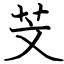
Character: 芠